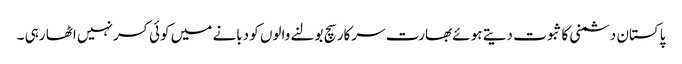
پاکستان دشمنی کا ثبوت دیتے ہوئے بھارت سرکار سچ بولنے والوں کو دبانے میں کوئی کسر نہیں اٹھا رہی ۔